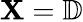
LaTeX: \mathbf{X}=\mathbb{{D}}